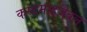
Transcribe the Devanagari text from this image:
कस्टमाइज़ेबल